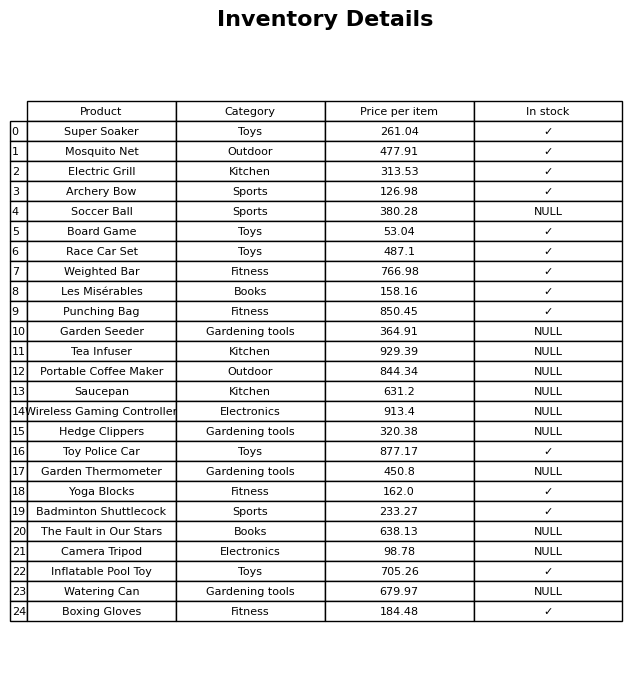
question: What is the price of the Hedge Clippers?
answer: The price of Hedge Clippers is 320.38.